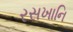
રસખાનિ